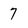
Character: 7